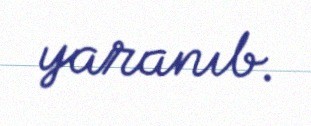
yaranıb.